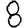
Digit: 8